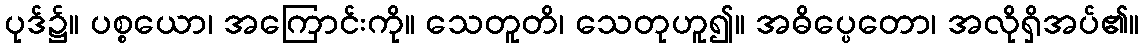
ပုဒ်၌။ ပစ္စယော၊ အကြောင်းကို။ သေတူတိ၊ သေတုဟူ၍။ အဓိပ္ပေတော၊ အလိုရှိအပ်၏။